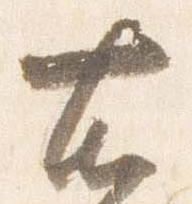
右